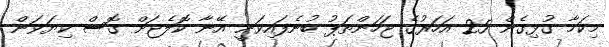
މިކަމާ ގުޅިގެން 25 އަހަރުގެ ޖަހަންތަޕު ބުނެފައިވަނީ އޭނާ ކޮލެޖަށް ގޮސް ކިޔަވަން